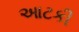
આટકી